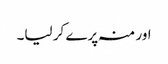
اور منہ پرے کر لیا۔